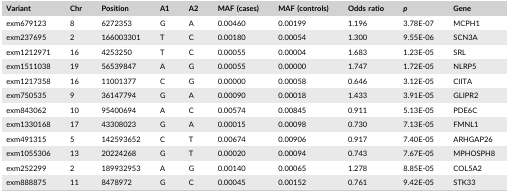
<table><thead><tr><td><b>Variant</b></td><td><b>Chr</b></td><td><b>Position</b></td><td><b>A1</b></td><td><b>A2</b></td><td><b>MAF (cases)</b></td><td><b>MAF (controls)</b></td><td><b>Odds ratio</b></td><td><b><i>p</i></b></td><td><b>Gene</b></td></tr></thead><tbody><tr><td>exm679123</td><td>8</td><td>6272353</td><td>G</td><td>A</td><td>0.00460</td><td>0.00199</td><td>1.196</td><td>3.78E‐07</td><td>MCPH1</td></tr><tr><td>exm237695</td><td>2</td><td>166003301</td><td>T</td><td>C</td><td>0.00180</td><td>0.00054</td><td>1.300</td><td>9.55E‐06</td><td>SCN3A</td></tr><tr><td>exm1212971</td><td>16</td><td>4253250</td><td>T</td><td>C</td><td>0.00055</td><td>0.00004</td><td>1.683</td><td>1.23E‐05</td><td>SRL</td></tr><tr><td>exm1511038</td><td>19</td><td>56539847</td><td>A</td><td>G</td><td>0.00055</td><td>0.00000</td><td>1.747</td><td>1.72E‐05</td><td>NLRP5</td></tr><tr><td>exm1217358</td><td>16</td><td>11001377</td><td>C</td><td>G</td><td>0.00000</td><td>0.00058</td><td>0.646</td><td>3.12E‐05</td><td>CIITA</td></tr><tr><td>exm750535</td><td>9</td><td>36147794</td><td>G</td><td>A</td><td>0.00090</td><td>0.00018</td><td>1.433</td><td>3.91E‐05</td><td>GLIPR2</td></tr><tr><td>exm843062</td><td>10</td><td>95400694</td><td>A</td><td>C</td><td>0.00574</td><td>0.00845</td><td>0.911</td><td>5.13E‐05</td><td>PDE6C</td></tr><tr><td>exm1330168</td><td>17</td><td>43308023</td><td>G</td><td>A</td><td>0.00015</td><td>0.00098</td><td>0.730</td><td>7.13E‐05</td><td>FMNL1</td></tr><tr><td>exm491315</td><td>5</td><td>142593652</td><td>C</td><td>T</td><td>0.00674</td><td>0.00906</td><td>0.917</td><td>7.40E‐05</td><td>ARHGAP26</td></tr><tr><td>exm1055306</td><td>13</td><td>20224268</td><td>G</td><td>T</td><td>0.00020</td><td>0.00094</td><td>0.743</td><td>7.67E‐05</td><td>MPHOSPH8</td></tr><tr><td>exm252299</td><td>2</td><td>189932953</td><td>A</td><td>G</td><td>0.00140</td><td>0.00065</td><td>1.278</td><td>8.85E‐05</td><td>COL5A2</td></tr><tr><td>exm888875</td><td>11</td><td>8478972</td><td>G</td><td>C</td><td>0.00045</td><td>0.00152</td><td>0.761</td><td>9.42E‐05</td><td>STK33</td></tr></tbody></table>